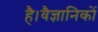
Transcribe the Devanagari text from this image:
है।वैज्ञानिकों